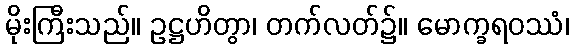
မိုးကြီးသည်။ ဥဋ္ဌဟိတွာ၊ တက်လတ်၌။ မောက္ခရဝဿံ၊